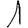
Digit: 1